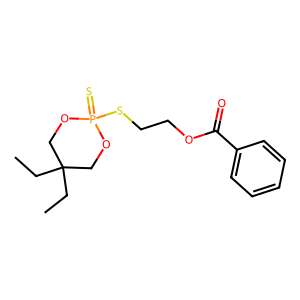
SMILES: CCC1(CC)COP(=S)(SCCOC(=O)c2ccccc2)OC1
Inhibits HIV replication: No